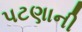
પટણાની